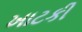
ખાટકી